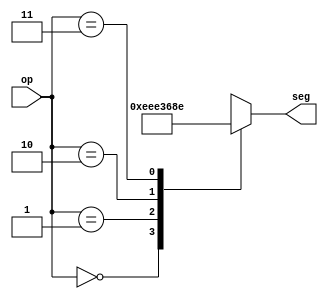
`timescale 1ns / 1ps

module OpDecoder(
		input [1:0] op,
		output reg [6:0] seg
	);

	always @(op) begin
		case (op)
			2'd0: seg <= 7'b1110111; // A
			2'd1: seg <= 7'b0111000; // L
			2'd2: seg <= 7'b1101101; // S
			2'd3: seg <= 7'b0001110; // J
		endcase
	end
endmodule